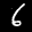
Label: 6